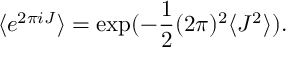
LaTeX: \langle e ^ { 2 \pi i J } \rangle = \exp ( - \frac { 1 } { 2 } ( 2 \pi ) ^ { 2 } \langle J ^ { 2 } \rangle ) .